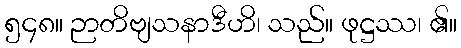
၅၄၈။ ဉာတိဗျသနာဒီဟိ၊ သည်။ ဖုဋ္ဌဿ၊ ၏။